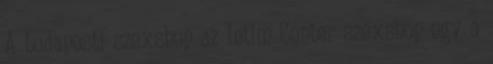
A budapesti szexshop az Intim Center szexshop egy a